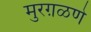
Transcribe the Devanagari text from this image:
मुरग़ळणे